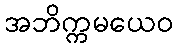
အဘိက္ကမယေဝ